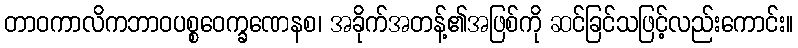
တာဝကာလိကဘာဝပစ္စဝေက္ခဏေနစ၊ အခိုက်အတန့်၏အဖြစ်ကို ဆင်ခြင်သဖြင့်လည်းကောင်း။